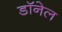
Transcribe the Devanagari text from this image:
डॉनेल